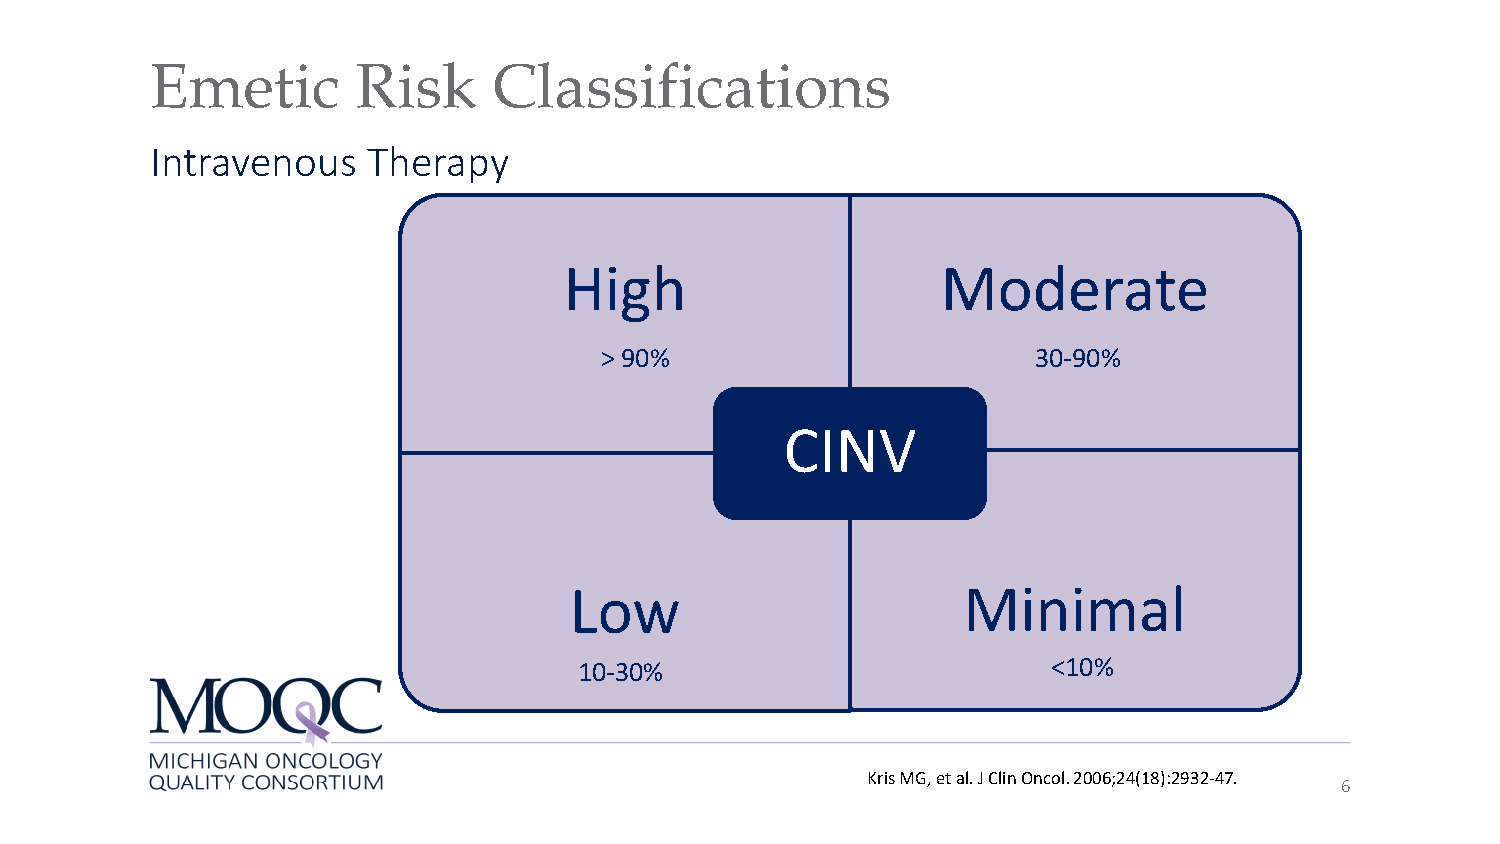
Emetic        Risk     Classifications
 Intravenous   Therapy
 High                     Moderate
 > 90%                        30-90%
 CINV
 Low                       Minimal
 10-30%                          <10%
 Kris MG, et al. J ClinOncol. 2006;24(18):2932-47.
 6